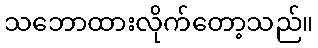
သဘောထားလိုက်တော့သည်။